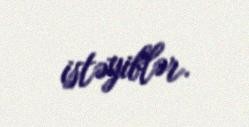
istəyiblər.